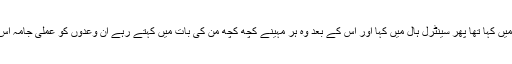
ہمارا خیال یہ ہے کہ وزیراعظم نے جو 2014 ء میں کہا تھا پھر سینٹرل ہال میں کہا اور اس کے بعد وہ ہر مہینے کچھ کچھ من کی بات میں کہتے رہے ان وعدوں کو عملی جامہ اس لئے نہیں پہنا سکے کہ آر ایس ایس نے روک دیا۔